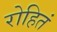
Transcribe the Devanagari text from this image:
रोहितं